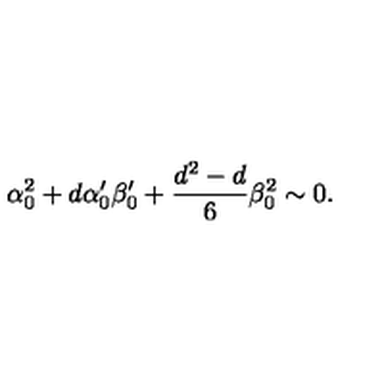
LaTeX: \alpha _ { 0 } ^ { 2 } + d \alpha _ { 0 } ^ { \prime } \beta _ { 0 } ^ { \prime } + { \frac { d ^ { 2 } - d } { 6 } } \beta _ { 0 } ^ { 2 } \sim 0 .